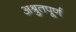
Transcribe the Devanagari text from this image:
अश्रुतपूर्ण